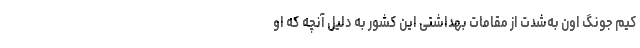
کیم جونگ اون به‌شدت از مقامات بهداشتی این کشور به دلیل آنچه که او